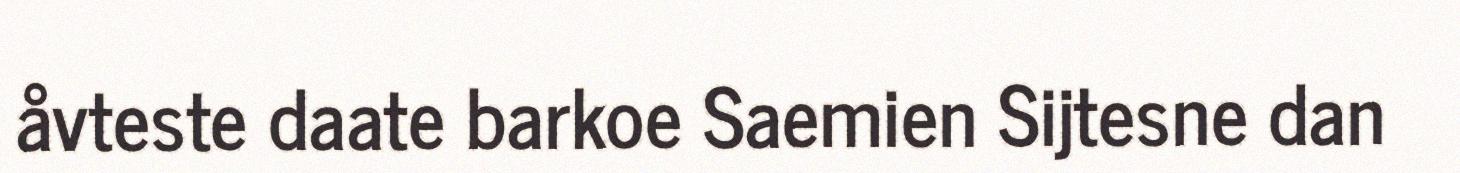
åvteste daate barkoe Saemien Sijtesne dan